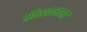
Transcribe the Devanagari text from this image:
ग्रीस्त्यनामा